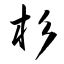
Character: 杉